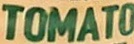
TOMATO